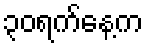
၃၀ရက်နေ့က